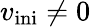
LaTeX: v_{\mathrm{ini}}\neq 0